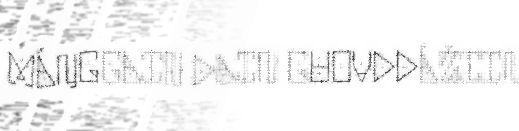
MÁŊGGAIN DAIN GUOVDDÁŽIIN